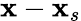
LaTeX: \boldsymbol{\mathbf{x}}-\boldsymbol{\mathbf{x}}_{s}